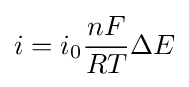
i=i_{0}{\frac {nF}{RT}}\Delta E